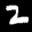
Label: 2